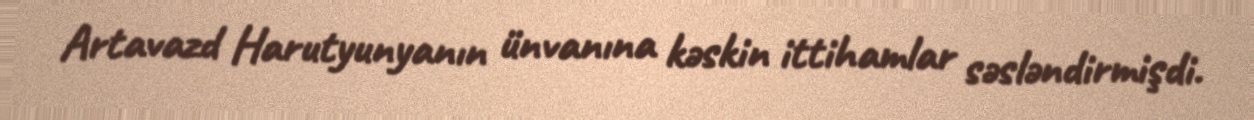
Artavazd Harutyunyanın ünvanına kəskin ittihamlar səsləndirmişdi.